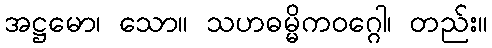
အဋ္ဌမော၊ သော။ သဟဓမ္မိကဝဂ္ဂေါ၊ တည်း။